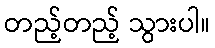
တည့်တည့် သွားပါ။